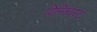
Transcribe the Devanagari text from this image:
विन्क्विस्ट